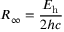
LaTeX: R _ { \infty } = { \frac { E _ { \mathrm { h } } } { 2 h c } }